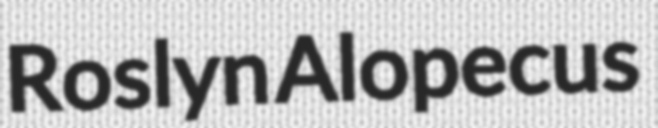
Roslyn Alopecus